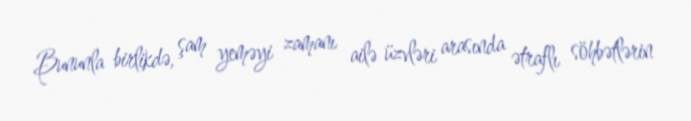
Bununla birlikdə, şam yeməyi zamanı ailə üzvləri arasında ətraflı söhbətlərin